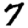
Digit: 7